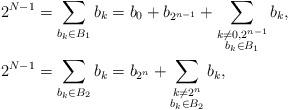
LaTeX: \begin{align*}2^{N-1}&=\sum_{b_k\in B_1} b_k =b_0+ b_{2^{n-1}}+\sum_{\substack{k\neq 0, 2^{n-1} \\ b_k\in B_1}} b_k ,\\2^{N-1}&=\sum_{b_k\in B_2} b_k = b_{2^n}+\sum_{\substack{k\neq 2^{n} \\ b_k\in B_2}} b_k ,\end{align*}